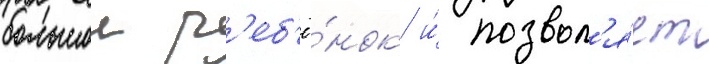
большои р'еб'ё́нок и́ позвол'я́ет